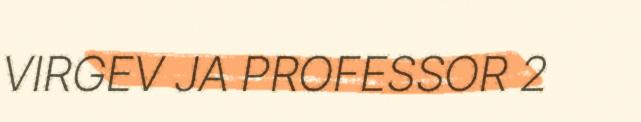
VIRGEV JA PROFESSOR 2